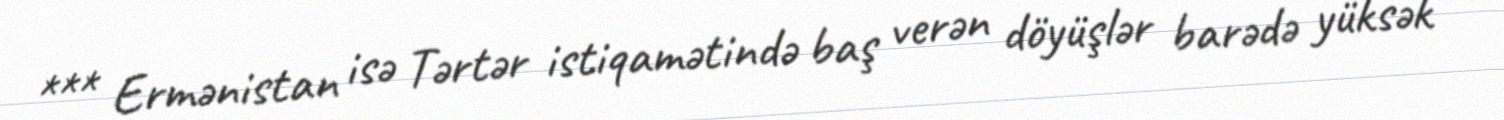
*** Ermənistan isə Tərtər istiqamətində baş verən döyüşlər barədə yüksək